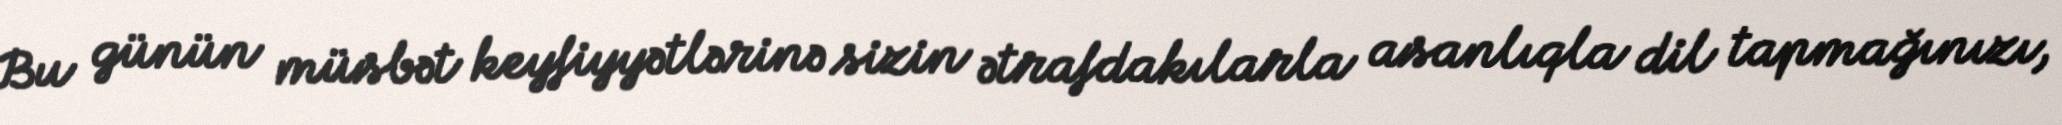
Bu günün müsbət keyfiyyətlərinə sizin ətrafdakılarla asanlıqla dil tapmağınızı,